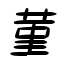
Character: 菫